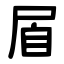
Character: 㞒